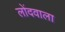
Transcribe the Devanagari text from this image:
लोंदवाला